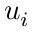
u _ { i }